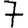
Digit: 7